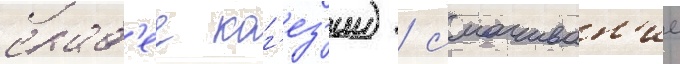
слаб'ее ког'ез'ии) / смачиван'ие